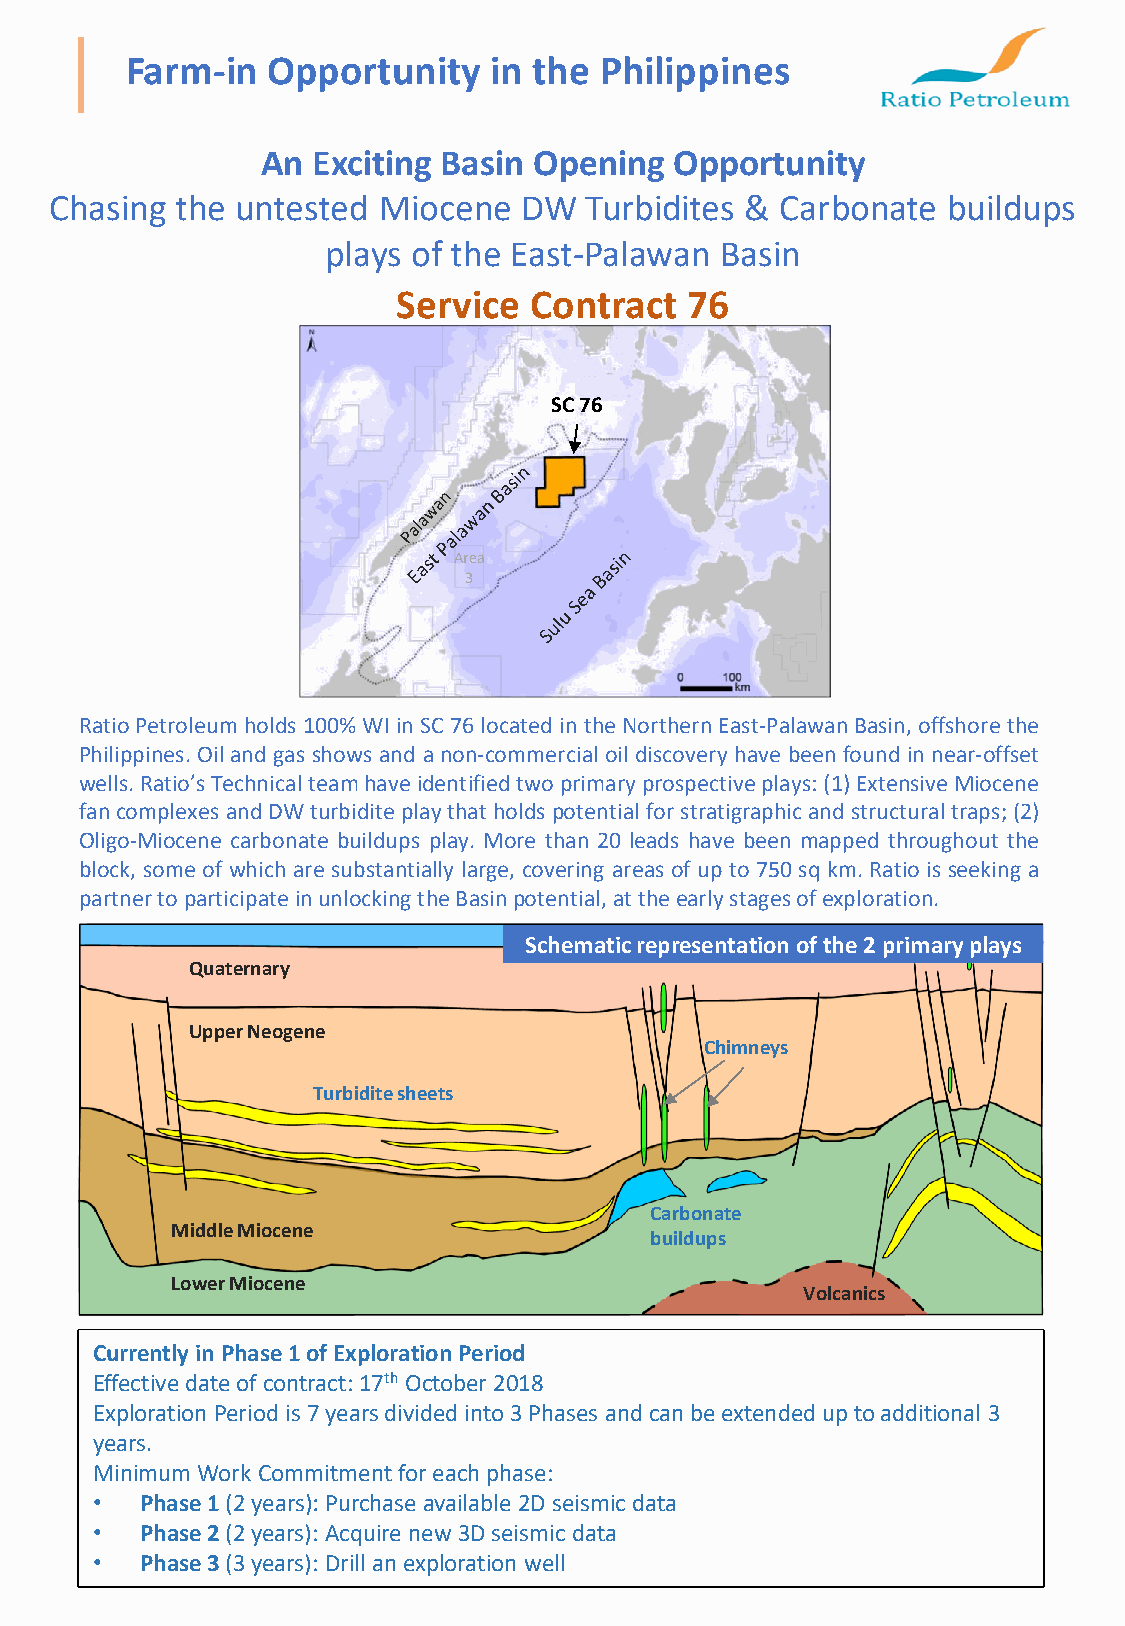
Farm-in   Opportunity    in the Philippines
 An  Exciting Basin Opening  Opportunity
 Chasing  the untested Miocene  DW   Turbidites & Carbonate  buildups
 plays of the East-Palawan Basin
 Service  Contract  76
 SC 76
 Area
 3
 RatioPetroleumholds100%WIinSC76locatedin theNorthernEast-PalawanBasin,offshorethe
 Philippines. Oiland gas shows and anon-commercial oil discovery have beenfound in near-offset
 wells.Ratio’sTechnicalteamhaveidentifiedtwoprimaryprospectiveplays:(1)ExtensiveMiocene
 fancomplexesandDWturbiditeplaythatholdspotentialforstratigraphicandstructuraltraps;(2)
 Oligo-Miocene carbonate buildups play. More than 20 leads have been mapped throughout the
 block, some of which are substantially large, covering areas of up to 750 sq km. Ratio is seeking a
 partnertoparticipateinunlockingtheBasinpotential,attheearlystagesofexploration.
 Schematic representation of the 2 primary plays
 Quaternary
 Upper Neogene
 Chimneys
 Turbidite sheets
 Carbonate
 Middle Miocene
 buildups
 Lower Miocene
 Volcanics
 Currently in Phase 1 of Exploration Period
 Effective date of contract: 17th October 2018
 Exploration Period is 7 years divided into 3 Phases and can be extended up to additional 3
 years.
 Minimum Work Commitment for each phase:
 •  Phase 1 (2 years): Purchase available 2D seismic data
 •  Phase 2(2 years): Acquire new 3D seismic data
 •  Phase 3(3 years): Drill an exploration well